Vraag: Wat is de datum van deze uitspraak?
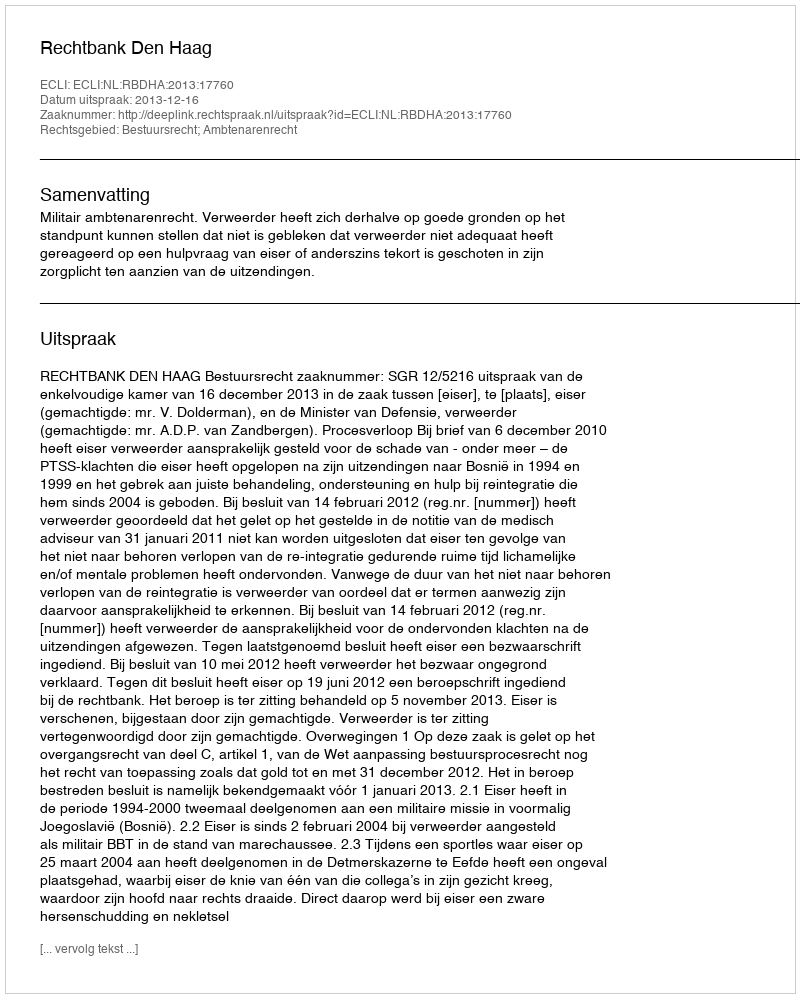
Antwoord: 2013-12-16